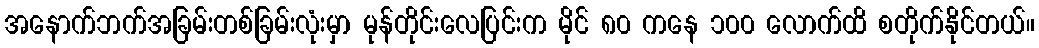
အနောက်ဘက်အခြမ်းတစ်ခြမ်းလုံးမှာ မုန်တိုင်းလေပြင်းက မိုင် ၈၀ ကနေ ၁၀၀ လောက်ထိ စတိုက်နိုင်တယ်။